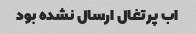
اب پرتغال ارسال نشده بود